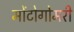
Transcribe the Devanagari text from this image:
मोंटोगोमरी